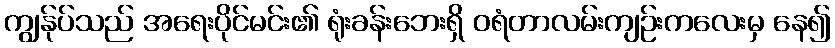
ကျွန်ုပ်သည် အရေးပိုင်မင်း၏ ရုံးခန်းဘေးရှိ ဝရံတာလမ်းကျဉ်းကလေးမှ နေ၍